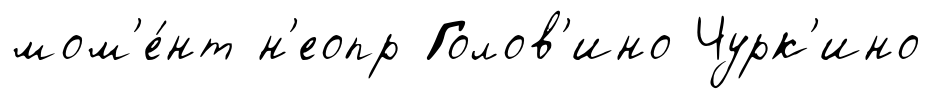
мом'е́нт н'еопр Голов'ино Чурк'ино